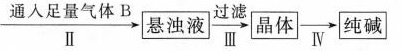
\xrightarrow[Ⅱ]{通入足量的气体B} \boxed{悬浊液}\xrightarrow[Ⅲ]{过滤} \boxed{晶体}\xrightarrow[Ⅳ]{}\boxed{纯碱}